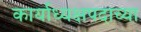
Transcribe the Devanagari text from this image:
कार्याध्यक्षपदाच्या